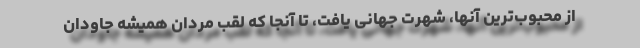
از محبوب‌ترین آنها، شهرت جهانی یافت، تا آنجا که لقب مردان همیشه جاودان